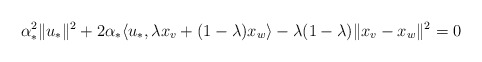
\begin{align*} \alpha_*^2\|u_*\|^2+2\alpha_*\langle u_*,\lambda x_v+(1-\lambda)x_w\rangle-\lambda(1-\lambda)\|x_v-x_w\|^2=0\end{align*}